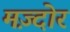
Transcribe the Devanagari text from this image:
मज़्दोर